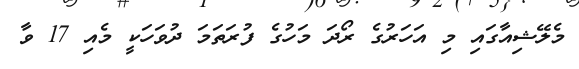
މެލޭޝިއާގައި މި އަހަރުގެ ރޯދަ މަހުގެ ފުރަތަމަ ދުވަހަކީ މެއި 17 ވާ